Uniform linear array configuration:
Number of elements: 64
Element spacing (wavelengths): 1
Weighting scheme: hann
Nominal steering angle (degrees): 60
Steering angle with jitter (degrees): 61.295
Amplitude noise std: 0.05
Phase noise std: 0.05

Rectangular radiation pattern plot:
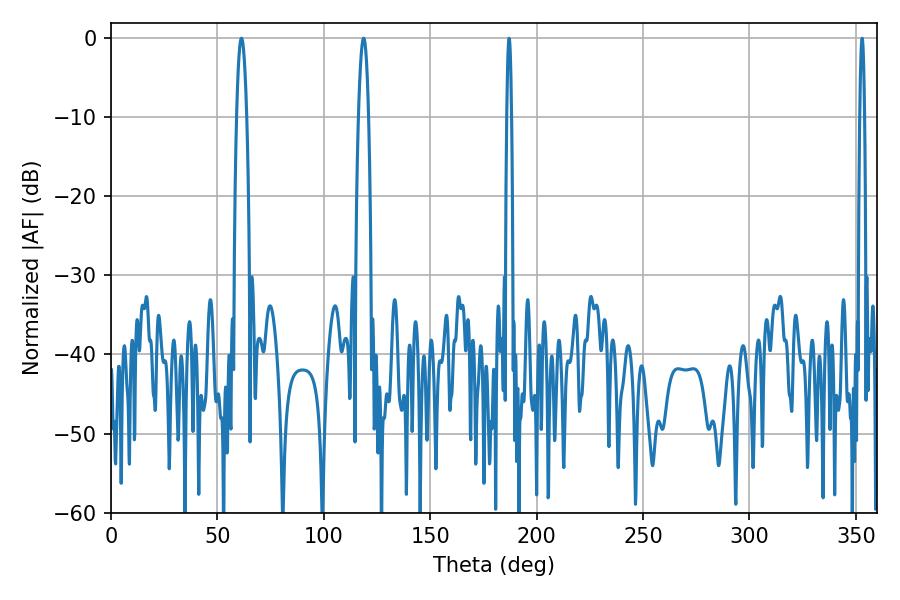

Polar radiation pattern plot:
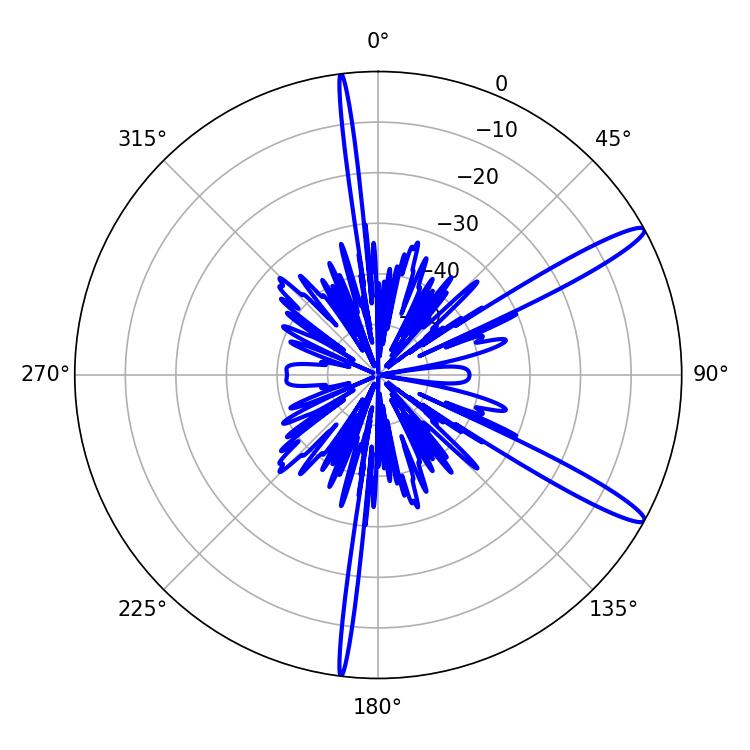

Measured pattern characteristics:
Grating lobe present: TRUE
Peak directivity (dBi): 13.884
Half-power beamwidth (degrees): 1.08
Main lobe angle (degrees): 187.02